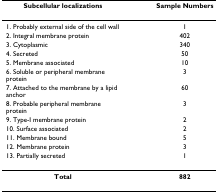
<table><thead><tr><td><b>Subcellular localizations</b></td><td><b>Sample Numbers</b></td></tr></thead><tbody><tr><td>1. Probably external side of the cell wall</td><td>1</td></tr><tr><td>2. Integral membrane protein</td><td>402</td></tr><tr><td>3. Cytoplasmic</td><td>340</td></tr><tr><td>4. Secreted</td><td>50</td></tr><tr><td>5. Membrane associated</td><td>10</td></tr><tr><td>6. Soluble or peripheral membrane protein</td><td>3</td></tr><tr><td>7. Attached to the membrane by a lipid anchor</td><td>60</td></tr><tr><td>8. Probable peripheral membrane protein</td><td>3</td></tr><tr><td>9. Type-I membrane protein</td><td>2</td></tr><tr><td>10. Surface associated</td><td>2</td></tr><tr><td>11. Membrane bound</td><td>5</td></tr><tr><td>12. Membrane protein</td><td>3</td></tr><tr><td>13. Partially secreted</td><td>1</td></tr><tr><td><b>Total</b></td><td><b>882</b></td></tr></tbody></table>